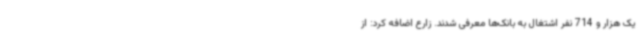
یک هزار و 714 نفر اشتغال به بانک‌ها معرفی شدند. زارع اضافه کرد: از